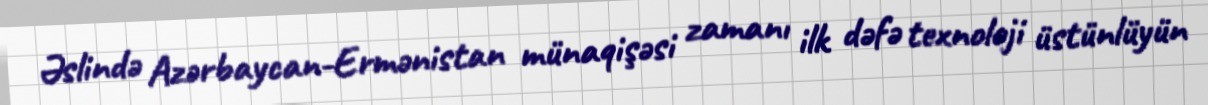
Əslində Azərbaycan-Ermənistan münaqişəsi zamanı ilk dəfə texnoloji üstünlüyün